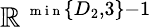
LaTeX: \mathbb{R}^{\mathrm{{~\scriptsize~m~i~n~}}\{ D_{2},{3}\} -1}